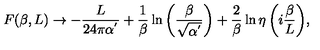
F ( \beta , L ) \rightarrow - \frac { L } { 2 4 \pi \alpha ^ { ' } } + \frac { 1 } { \beta } \ln { \left( \frac { \beta } { \sqrt { \alpha ^ { ' } } } \right) } + \frac { 2 } { \beta } \ln { \eta \left( i \frac { \beta } { L } \right) } ,